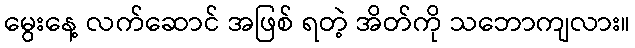
မွေးနေ့ လက်ဆောင် အဖြစ် ရတဲ့ အိတ်ကို သဘောကျလား။